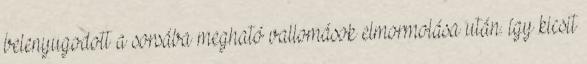
belenyugodott a sorsába megható vallomások elmormolása után. így kicsit